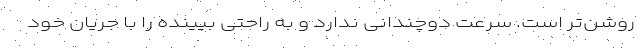
روشن‌تر است. سرعت دوچندانی ندارد و به راحتی بیینده را با جریان خود